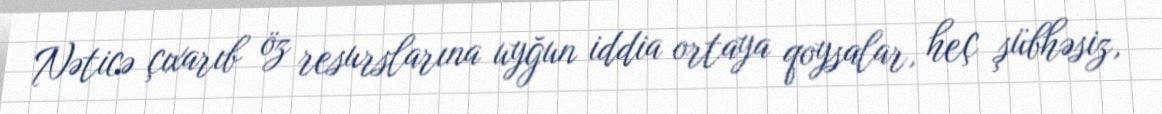
Nəticə çıxarıb öz resurslarına uyğun iddia ortaya qoysalar, heç şübhəsiz,